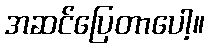
အဆင်ပြေတာပေါ့။